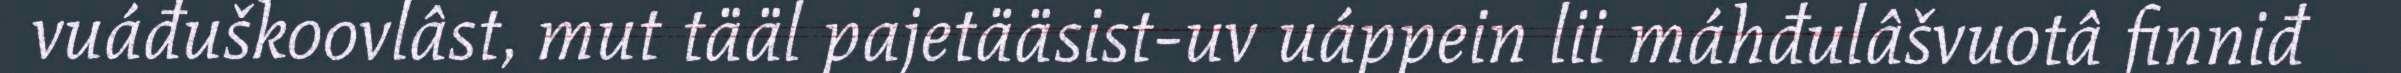
vuáđuškoovlâst, mut tääl pajetääsist-uv uáppein lii máhđulâšvuotâ finniđ